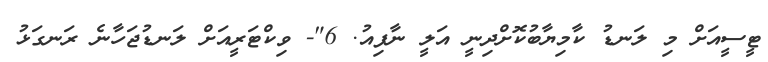
ޓީސީއަށް މި ލަނޑު ކާމިޔާބުކޮށްދިނީ އަލީ ނާފިއު. 6"- ވިކްޓަރީއަށް ލަނޑުޖަހާނެ ރަނގަޅު